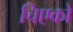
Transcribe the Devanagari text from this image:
चिएको